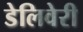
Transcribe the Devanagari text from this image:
डेलिवेरी